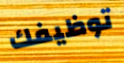
توظيفك